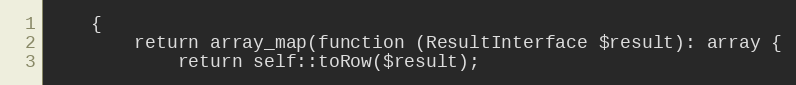
Language: PHP
    {
        return array_map(function (ResultInterface $result): array {
            return self::toRow($result);